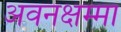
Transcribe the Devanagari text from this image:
अवनक्षम्मा